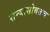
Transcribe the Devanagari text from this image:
सैन्यासोबतच